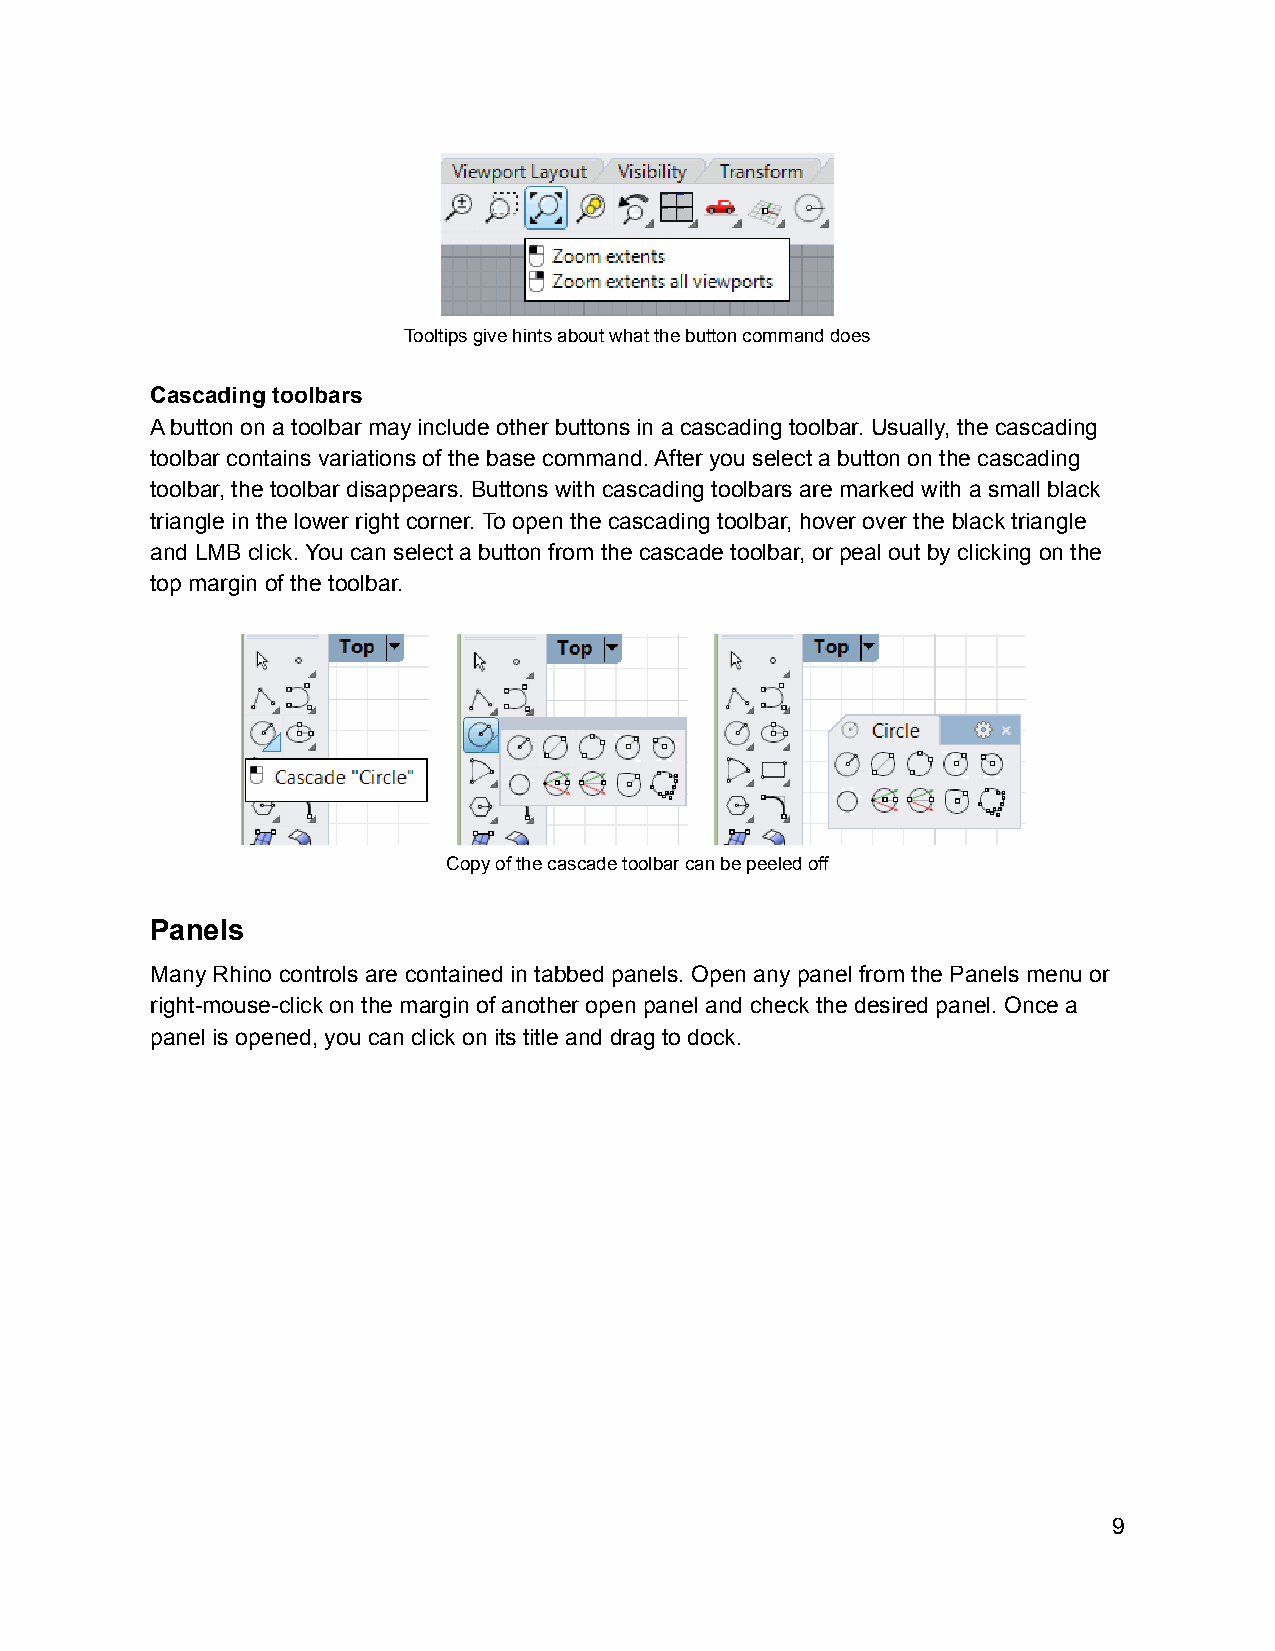
Tooltips give hints about what the button command does
 Cascading toolbars
 A button on a toolbar may include other buttons in a cascading toolbar. Usually, the cascading
 toolbar contains variations of the base command. After you select a button on the cascading
 toolbar, the toolbar disappears. Buttons with cascading toolbars are marked with a small black
 triangle in the lower right corner. To open the cascading toolbar, hover over the black triangle
 and LMB click. You can select a button from the cascade toolbar, or peal out by clicking on the
 top margin of the toolbar.
 Copy of the cascade toolbar can be peeled off
 Panels
 Many Rhino controls are contained in tabbed panels. Open any panel from the Panels menu or
 right-mouse-click on the margin of another open panel and check the desired panel. Once a
 panel is opened, you can click on its title and drag to dock.
 9